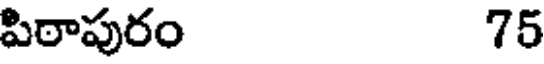
పిఠాపురం 75